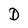
Character: D